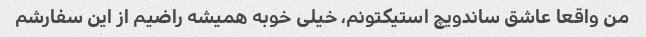
من واقعا عاشق ساندویچ استیکتونم، خیلی خوبه همیشه راضیم از این سفارشم